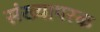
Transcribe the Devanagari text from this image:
संख्यापरक